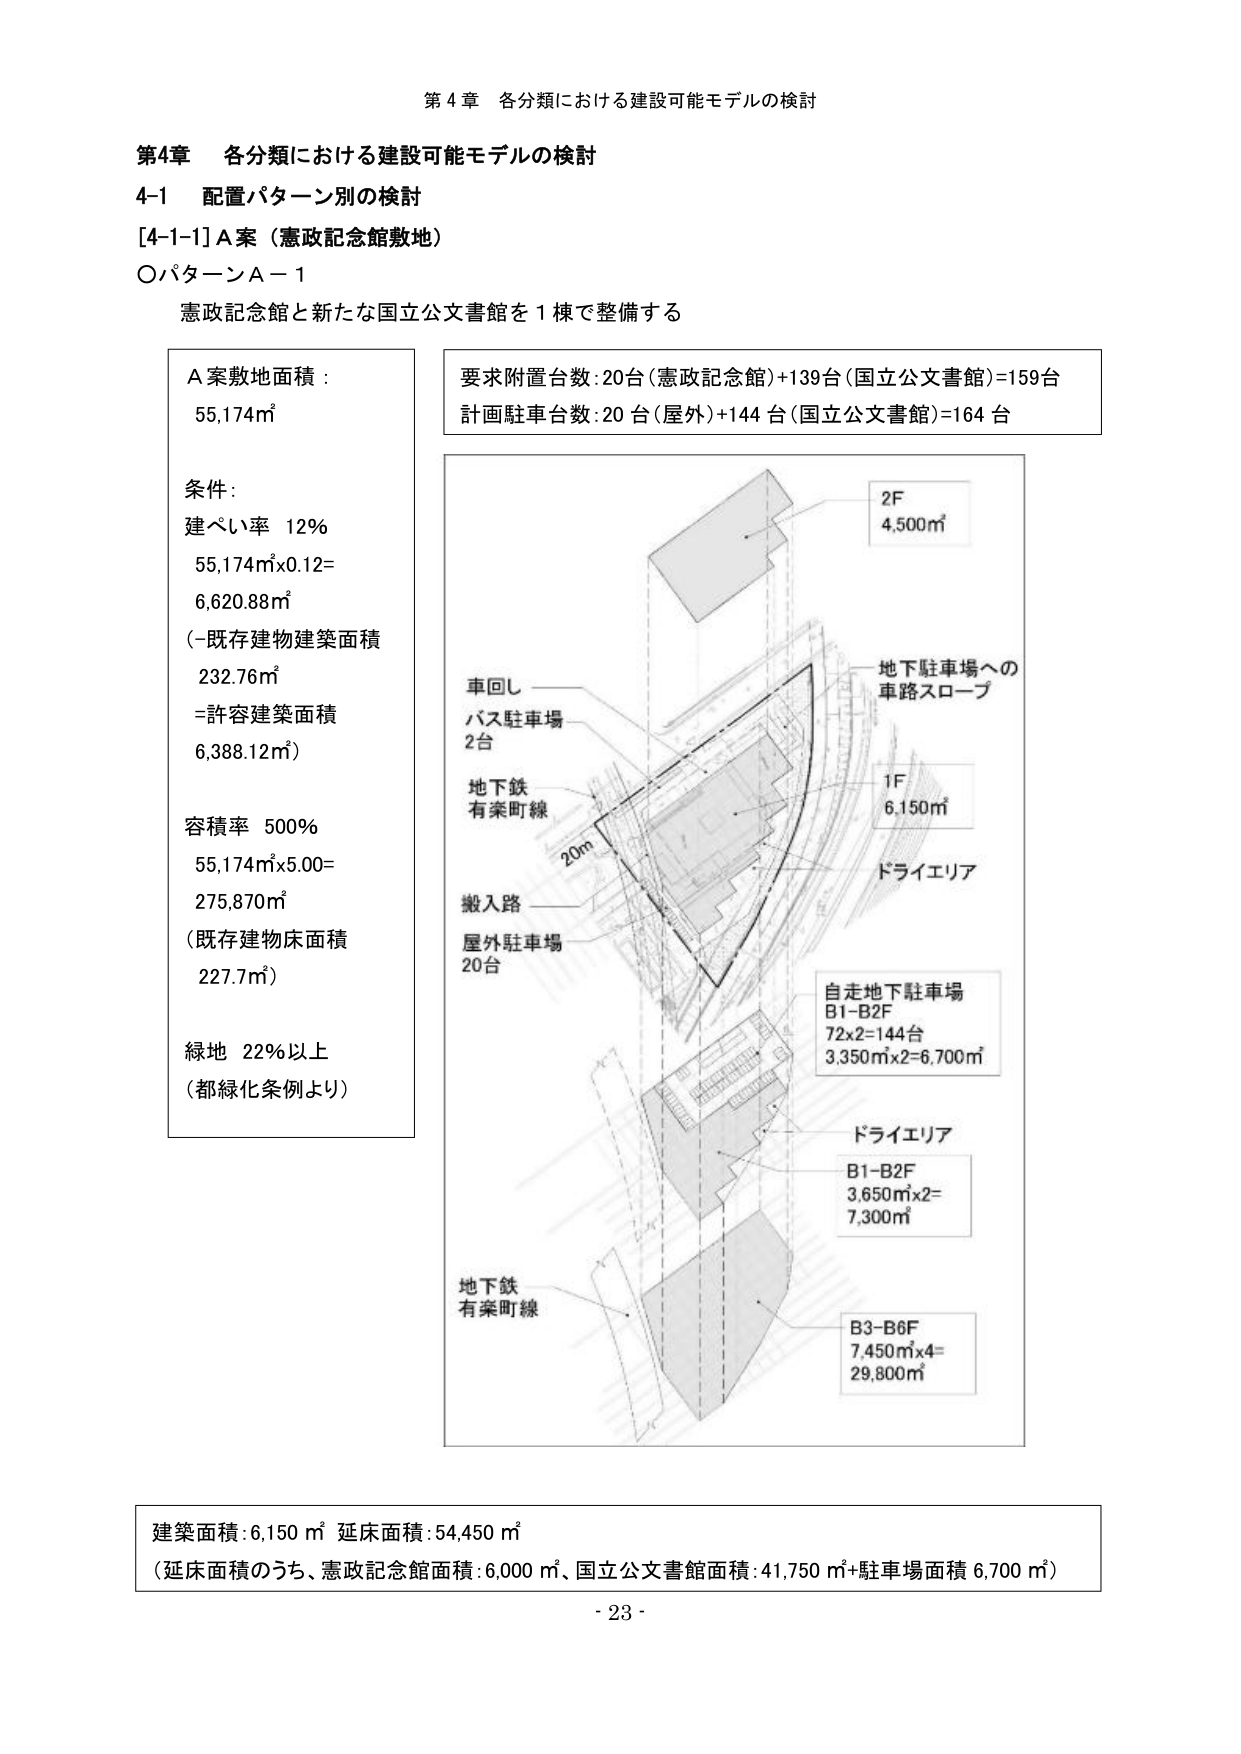
第4章 各分類における建設可能モデルの検討

第4章 各分類における建設可能モデルの検討
4-1 配置パターン別の検討
[4-1-1] A案（憲政記念館敷地）
〇パターンA－1
憲政記念館と新たな国立公文書館を1棟で整備する

A案敷地面積：
55,174㎡

条件：
建ぺい率 12%
55,174㎡×0.12=
6,620.88㎡
（－既存建物建築面積
232.76㎡
＝計容建築面積
6,388.12㎡）

容積率 500%
55,174㎡×5.00=
275,870㎡
（既存建物床面積
227.7㎡）

緑地 22%以上
（都緑化条例より）

要求附置台数：20台（憲政記念館）＋139台（国立公文書館）＝159台
計画駐車台数：20台（屋外）＋144台（国立公文書館）＝164台

2F
4,500㎡

車回し
バス駐車場
2台

地下鉄
有楽町線

20m

搬入路
屋外駐車場
20台

地下駐車場への
車路スロープ

1F
6,150㎡

ドライエリア

自走地下駐車場
B1-B2F
72×2=144台
3,350㎡×2=6,700㎡

ドライエリア
B1-B2F
3,650㎡×2=
7,300㎡

地下鉄
有楽町線

B3-B6F
7,450㎡×4=
29,800㎡

建築面積：6,150㎡ 延床面積：54,450㎡
（延床面積のうち、憲政記念館面積：6,000㎡、国立公文書館面積：41,750㎡＋駐車場面積6,700㎡）

- 23 -